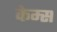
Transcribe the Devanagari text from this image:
केम्स